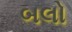
બલો